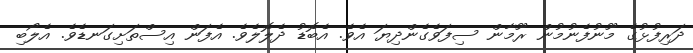
ދަރިފުޅުގެ މޫނުފެނުމުން ރޫމާން ސިފަވެގެންދިޔަ އެވެ. އެބޮޑު ދެލޮލެވެ. އެފަން އިސްތަށިގަނޑެވެ. އެލޯބި